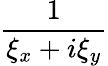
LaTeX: \frac{1}{\xi_{x}+i\xi_{y}}